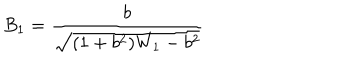
B _ { 1 } = \frac { b } { \sqrt { ( 1 + b ^ { 2 } ) W _ { 1 } - b ^ { 2 } } }